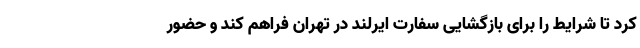
کرد تا شرایط را برای بازگشایی سفارت ایرلند در تهران فراهم کند و حضور